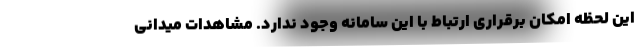
این لحظه امکان برقراری ارتباط با این سامانه وجود ندارد. مشاهدات میدانی